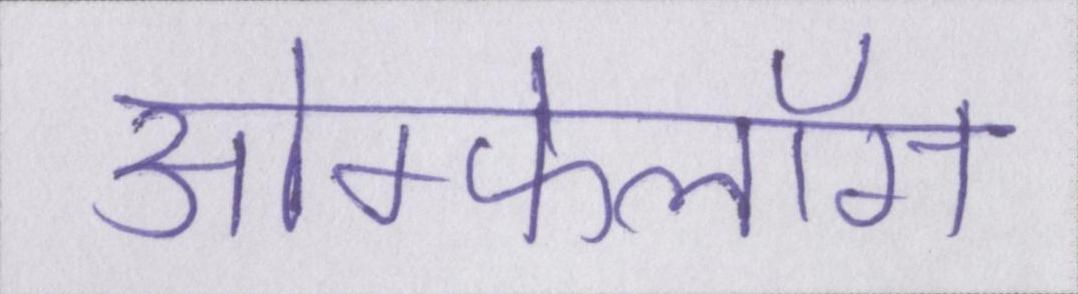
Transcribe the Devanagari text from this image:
ओम्फेलॉस